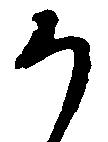
う